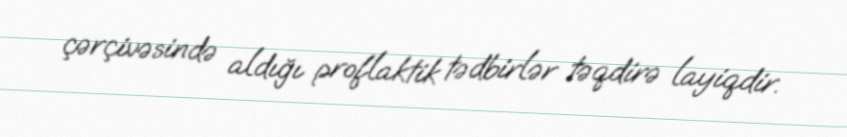
çərçivəsində aldığı proflaktik tədbirlər təqdirə layiqdir.